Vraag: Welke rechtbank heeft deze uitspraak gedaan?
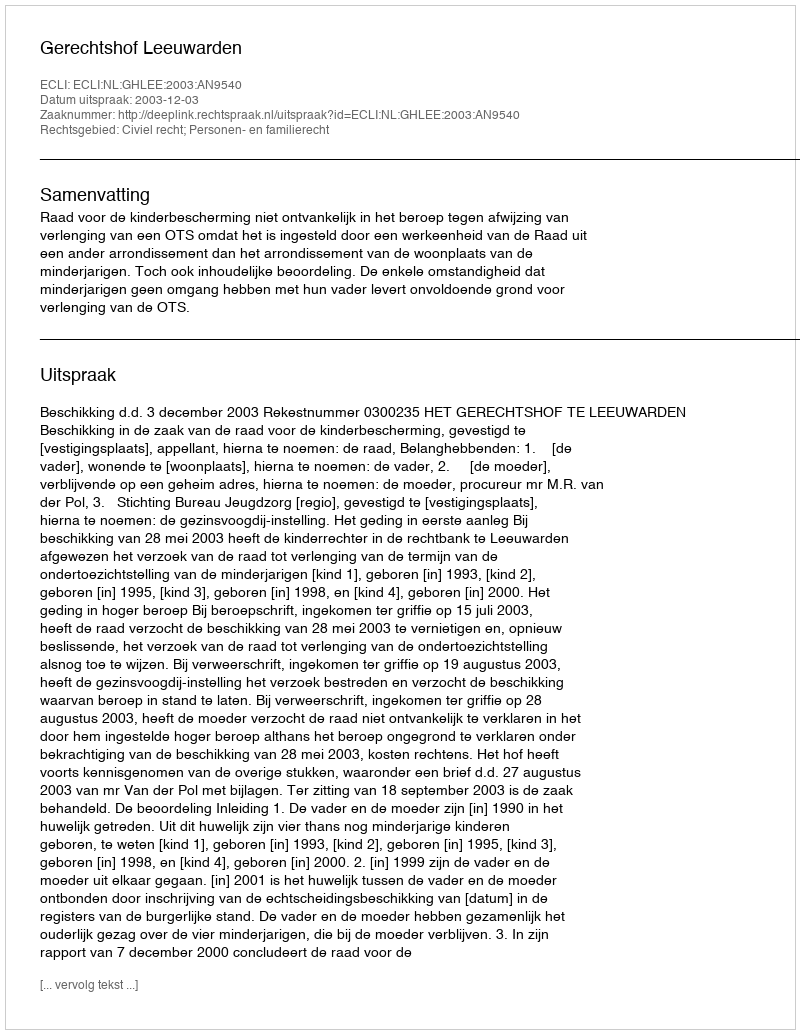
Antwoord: Gerechtshof Leeuwarden